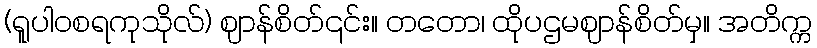
(ရူပါဝစရကုသိုလ်) ဈာန်စိတ်၎င်း။ တတော၊ ထိုပဌမဈာန်စိတ်မှ။ အတိက္က